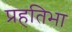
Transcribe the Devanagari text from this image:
प्रहतिभा